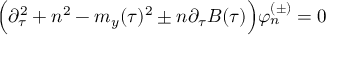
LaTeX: \Big ( \partial _ { \tau } ^ { 2 } + n ^ { 2 } - m _ { y } ( \tau ) ^ { 2 } \pm n \partial _ { \tau } B ( \tau ) \Big ) \varphi _ { n } ^ { ( \pm ) } = 0